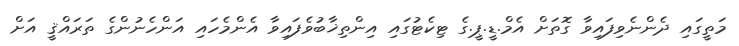
މަތީގައި ދެންނެވިފައިވާ ގޮތަށް އެމް.ޑީ.ޕީ.ގެ ޓިކެޓުގައި އިންތިޚާބުވެފައިވާ އެންމެހައި އަންހެނުންގެ ތަރައްޤީ އަށް